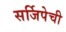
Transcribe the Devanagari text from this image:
सर्जिपेची